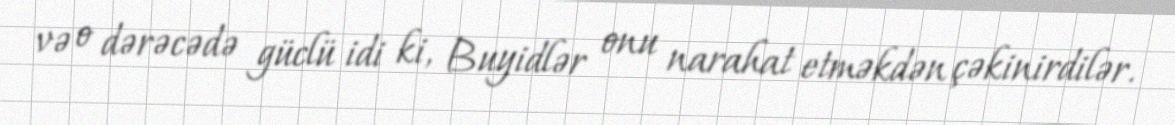
və o dərəcədə güclü idi ki, Buyidlər onu narahat etməkdən çəkinirdilər.